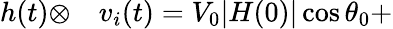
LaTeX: \begin{array}{rl}{h(t)\otimes}&{{}v_{i}(t)=V_{0}|H(0)|\cos\theta_{0}+}\end{array}